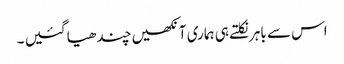
اس سے باہر نکلتے ہی ہماری آنکھیں چندھیا گئیں ۔